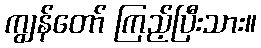
ကျွန်တော် ကြည့်ပြီးသား။